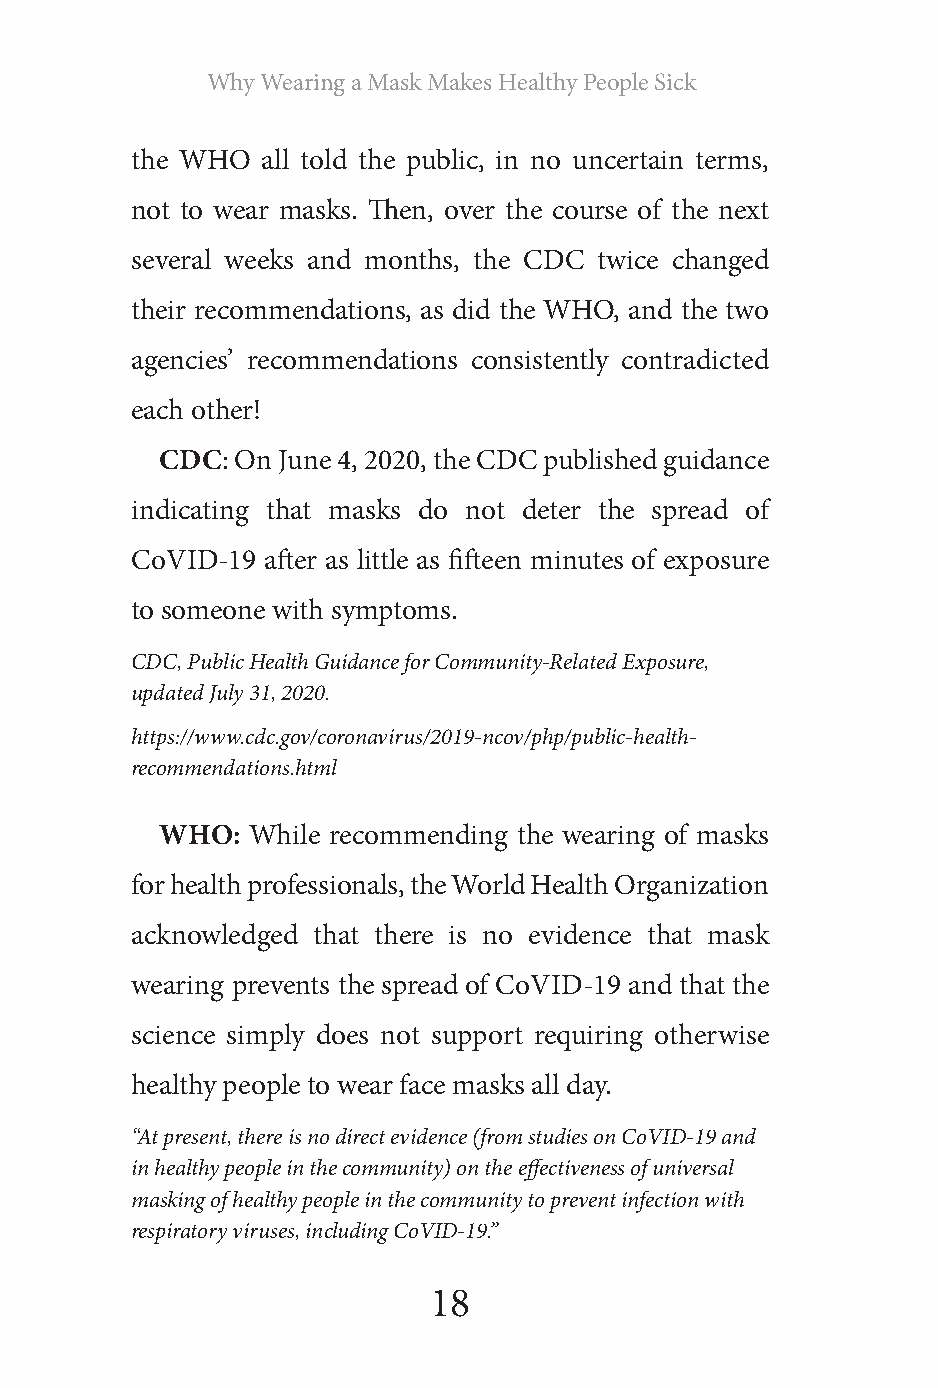
Why Wearing a Mask Makes Healthy People Sick
 the WHO all told the public, in no uncertain terms,
 not to wear masks. Then, over the course of the next
 several weeks and months, the CDC twice changed
 their recommendations, as did the WHO, and the two
 agencies’ recommendations consistently contradicted
 each other!
 CDC: On June 4, 2020, the CDC published guidance
 indicating that masks do not deter the spread of
 CoVID-19 after as little as fifteen minutes of exposure
 to someone with symptoms.
 CDC, Public Health Guidance for Community-Related Exposure,
 updated July 31, 2020.
 https://www.cdc.gov/coronavirus/2019-ncov/php/public-health-
 recommendations.html
 WHO: While recommending the wearing of masks
 for health professionals, the World Health Organization
 acknowledged that there is no evidence that mask
 wearing prevents the spread of CoVID-19 and that the
 science simply does not support requiring otherwise
 healthy people to wear face masks all day.
 “At present, there is no direct evidence (from studies on CoVID-19 and
 in healthy people in the community) on the effectiveness of universal
 masking of healthy people in the community to prevent infection with
 respiratory viruses, including CoVID-19.”
 18